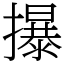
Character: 㩧